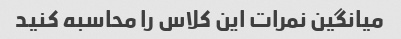
میانگین نمرات این کلاس را محاسبه کنید